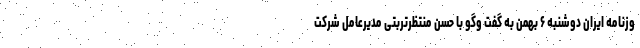
وزنامه ایران دوشنبه ۶ بهمن به گفت وگو با حسن منتظرتربتی مدیرعامل شرکت